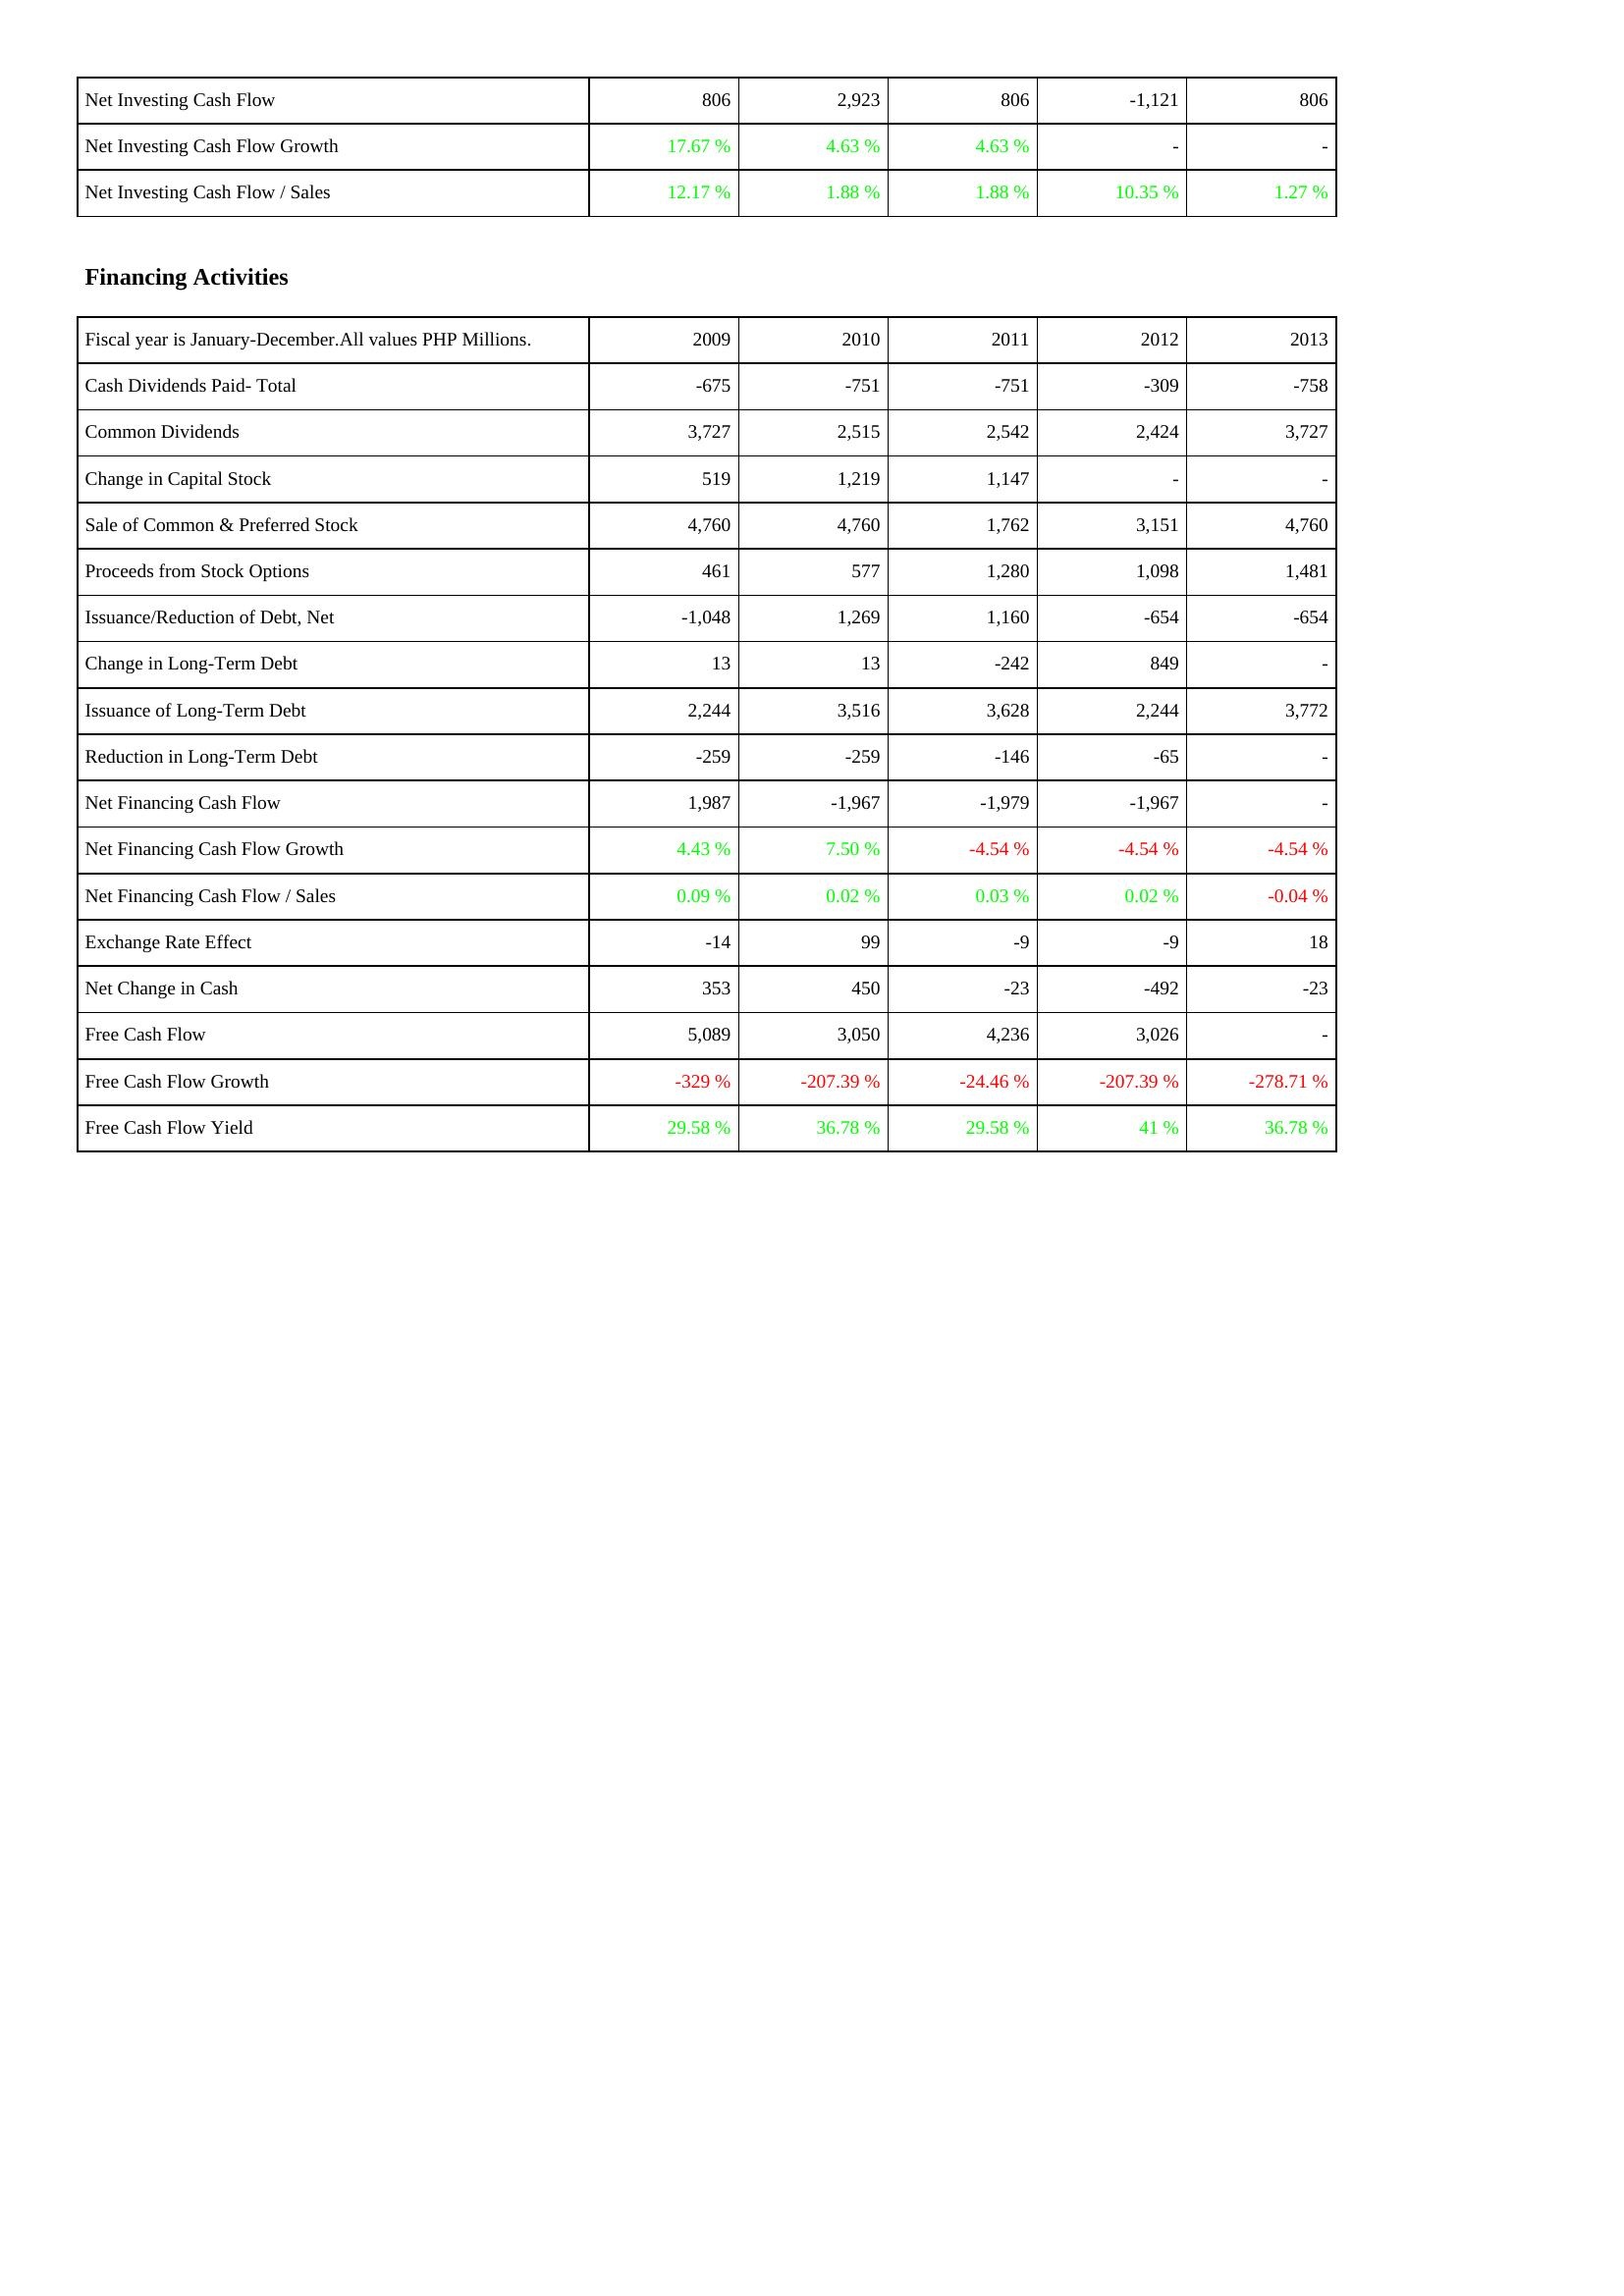
2009: Investing Activities: Net Investing Cash Flow: 806
Net Investing Cash Flow Growth: 17.67 %
Net Investing Cash Flow / Sales: 12.17 %
Financing Activities: Cash Dividends Paid- Total: -675
Common Dividends: 3,727
Change in Capital Stock: 519
Sale of Common & Preferred Stock: 4,760
Proceeds from Stock Options: 461
Issuance/Reduction of Debt, Net: -1,048
Change in Long-Term Debt: 13
Issuance of Long-Term Debt: 2,244
Reduction in Long-Term Debt: -259
Net Financing Cash Flow: 1,987
Net Financing Cash Flow Growth: 4.43 %
Net Financing Cash Flow / Sales: 0.09 %
Exchange Rate Effect: -14
Net Change in Cash: 353
Free Cash Flow: 5,089
Free Cash Flow Growth: -329 %
Free Cash Flow Yield: 29.58 %
2010: Investing Activities: Net Investing Cash Flow: 2,923
Net Investing Cash Flow Growth: 4.63 %
Net Investing Cash Flow / Sales: 1.88 %
Financing Activities: Cash Dividends Paid- Total: -751
Common Dividends: 2,515
Change in Capital Stock: 1,219
Sale of Common & Preferred Stock: 4,760
Proceeds from Stock Options: 577
Issuance/Reduction of Debt, Net: 1,269
Change in Long-Term Debt: 13
Issuance of Long-Term Debt: 3,516
Reduction in Long-Term Debt: -259
Net Financing Cash Flow: -1,967
Net Financing Cash Flow Growth: 7.50 %
Net Financing Cash Flow / Sales: 0.02 %
Exchange Rate Effect: 99
Net Change in Cash: 450
Free Cash Flow: 3,050
Free Cash Flow Growth: -207.39 %
Free Cash Flow Yield: 36.78 %
2011: Investing Activities: Net Investing Cash Flow: 806
Net Investing Cash Flow Growth: 4.63 %
Net Investing Cash Flow / Sales: 1.88 %
Financing Activities: Cash Dividends Paid- Total: -751
Common Dividends: 2,542
Change in Capital Stock: 1,147
Sale of Common & Preferred Stock: 1,762
Proceeds from Stock Options: 1,280
Issuance/Reduction of Debt, Net: 1,160
Change in Long-Term Debt: -242
Issuance of Long-Term Debt: 3,628
Reduction in Long-Term Debt: -146
Net Financing Cash Flow: -1,979
Net Financing Cash Flow Growth: -4.54 %
Net Financing Cash Flow / Sales: 0.03 %
Exchange Rate Effect: -9
Net Change in Cash: -23
Free Cash Flow: 4,236
Free Cash Flow Growth: -24.46 %
Free Cash Flow Yield: 29.58 %
2012: Investing Activities: Net Investing Cash Flow: -1,121
Net Investing Cash Flow Growth: -
Net Investing Cash Flow / Sales: 10.35 %
Financing Activities: Cash Dividends Paid- Total: -309
Common Dividends: 2,424
Change in Capital Stock: -
Sale of Common & Preferred Stock: 3,151
Proceeds from Stock Options: 1,098
Issuance/Reduction of Debt, Net: -654
Change in Long-Term Debt: 849
Issuance of Long-Term Debt: 2,244
Reduction in Long-Term Debt: -65
Net Financing Cash Flow: -1,967
Net Financing Cash Flow Growth: -4.54 %
Net Financing Cash Flow / Sales: 0.02 %
Exchange Rate Effect: -9
Net Change in Cash: -492
Free Cash Flow: 3,026
Free Cash Flow Growth: -207.39 %
Free Cash Flow Yield: 41 %
2013: Investing Activities: Net Investing Cash Flow: 806
Net Investing Cash Flow Growth: -
Net Investing Cash Flow / Sales: 1.27 %
Financing Activities: Cash Dividends Paid- Total: -758
Common Dividends: 3,727
Change in Capital Stock: -
Sale of Common & Preferred Stock: 4,760
Proceeds from Stock Options: 1,481
Issuance/Reduction of Debt, Net: -654
Change in Long-Term Debt: -
Issuance of Long-Term Debt: 3,772
Reduction in Long-Term Debt: -
Net Financing Cash Flow: -
Net Financing Cash Flow Growth: -4.54 %
Net Financing Cash Flow / Sales: -0.04 %
Exchange Rate Effect: 18
Net Change in Cash: -23
Free Cash Flow: -
Free Cash Flow Growth: -278.71 %
Free Cash Flow Yield: 36.78 %